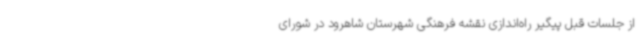
از جلسات قبل پیگیر راه‌اندازی نقشه فرهنگی شهرستان شاهرود در شورای